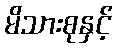
မိသားစုနှင့်